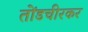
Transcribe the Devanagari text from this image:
तोंडचीरकर